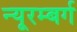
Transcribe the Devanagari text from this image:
न्यूरम्बर्ग